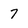
Character: 7